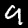
Label: 9